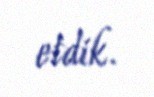
etdik.